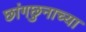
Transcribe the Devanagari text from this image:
छांगछुनाच्या